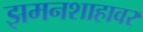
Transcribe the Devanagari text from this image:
झमनशाहावर